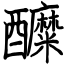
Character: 醾